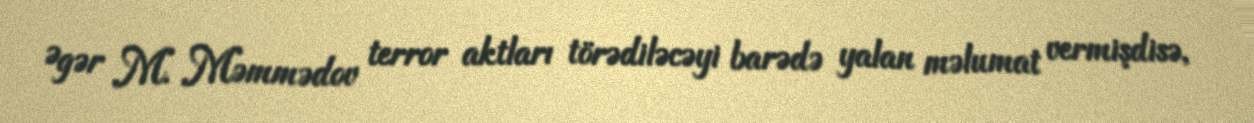
Əgər M. Məmmədov terror aktları törədiləcəyi barədə yalan məlumat vermişdisə,